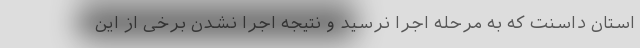
استان داسنت که به مرحله اجرا نرسید و نتیجه اجرا نشدن برخی از این